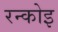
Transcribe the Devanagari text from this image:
रन्कोइ